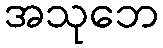
အသုဘေ